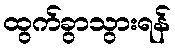
ထွက်ခွာသွားရန်